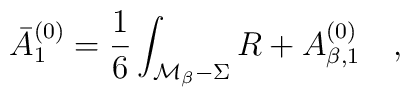
\bar{A}_1^{(0)}=\frac 16 \int _{{\cal M}_\beta -\Sigma}R +A_{\beta,1}^{(0)}~~~,